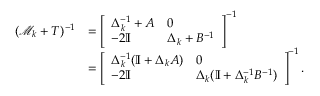
\begin{array} { r l } { ( \mathcal M _ { k } + T ) ^ { - 1 } } & { = \left[ \begin{array} { l l } { \Delta _ { k } ^ { - 1 } + A } & { 0 } \\ { - 2 \mathbb I } & { \Delta _ { k } + B ^ { - 1 } } \end{array} \right] ^ { - 1 } } \\ & { = \left[ \begin{array} { l l } { \Delta _ { k } ^ { - 1 } ( \mathbb I + \Delta _ { k } A ) } & { 0 } \\ { - 2 \mathbb I } & { \Delta _ { k } ( \mathbb I + \Delta _ { k } ^ { - 1 } B ^ { - 1 } ) } \end{array} \right] ^ { - 1 } . } \end{array}